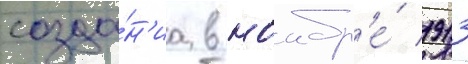
созда́н'иа в ноабр'е́ 1913